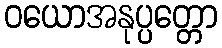
ဝယောအနုပ္ပတ္တော